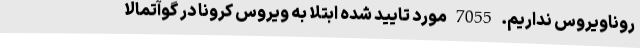
روناویروس نداریم. 7055 مورد تایید شده ابتلا به ویروس کرونا در گوآتمالا